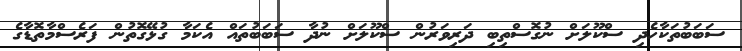
ސަބަބުތަކާހެދި ސްކޫލަށް ނުގޮސްތިބި ދަރިވަރުން ސްކޫލަށް ނުދާ ސަބަބުތައް އެކަމާ ގުޅޭގޮތުން ފަރެސްމާތޮޑާގެ